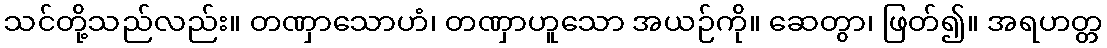
သင်တို့သည်လည်း။ တဏှာသောဟံ၊ တဏှာဟူသော အယဉ်ကို။ ဆေတွာ၊ ဖြတ်၍။ အရဟတ္တ